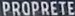
PROPRETE